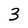
Character: 3